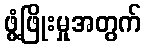
ဖွံ့ဖြိုးမှုအတွက်